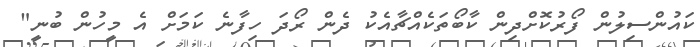
ކައުންސިލުން ފޯރުކޮށްދިން ކާބޯތަކެއްޗާއެކު ދެން ރޯދަ ހިފާނެ ކަމަށް އެ މީހުން ބުނީ"